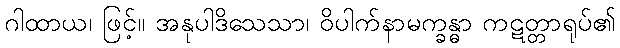
ဂါထာယ၊ ဖြင့်။ အနုပါဒိသေသာ၊ ဝိပါက်နာမက္ခန္ဓာ ကဋတ္တာရုပ်၏